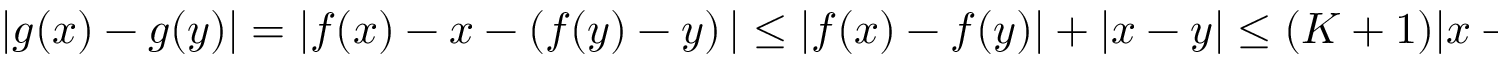
\begin{array} { r } { | g ( x ) - g ( y ) | = | f ( x ) - x - \left( f ( y ) - y \right) | \leq | f ( x ) - f ( y ) | + | x - y | \leq ( K + 1 ) | x - y | , \forall x , y \in [ 0 , \pi ] . } \end{array}